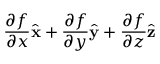
{ \frac { \partial f } { \partial x } } { \hat { \mathbf { x } } } + { \frac { \partial f } { \partial y } } { \hat { \mathbf { y } } } + { \frac { \partial f } { \partial z } } { \hat { \mathbf { z } } }